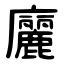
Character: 廲